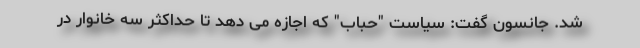
شد. جانسون گفت: سیاست "حباب" که اجازه می دهد تا حداکثر سه خانوار در